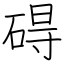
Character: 碍